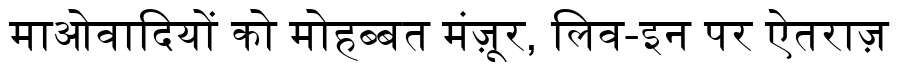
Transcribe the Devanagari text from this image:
माओवादियों को मोहब्बत मंज़ूर, लिव-इन पर ऐतराज़